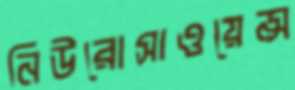
নিউরোসাওয়েন্স